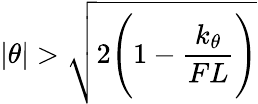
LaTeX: |\theta|>{\sqrt{2{\Bigg(}1-{\frac{k_{\theta}}{FL}}{\Bigg)}}}